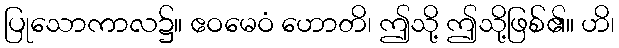
ပြုသောကာလ၌။ ဧဝမေဝံ ဟောတိ၊ ဤသို့ ဤသို့ဖြစ်၏။ ဟိ၊